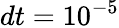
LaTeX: dt=10^{-5}